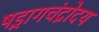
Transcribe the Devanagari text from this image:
षड्रागचंद्रोदय